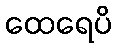
ထေရေပိ